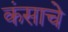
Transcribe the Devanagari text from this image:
कंसाचे